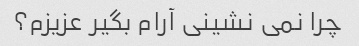
چرا نمی نشینی آرام بگیر عزیزم؟